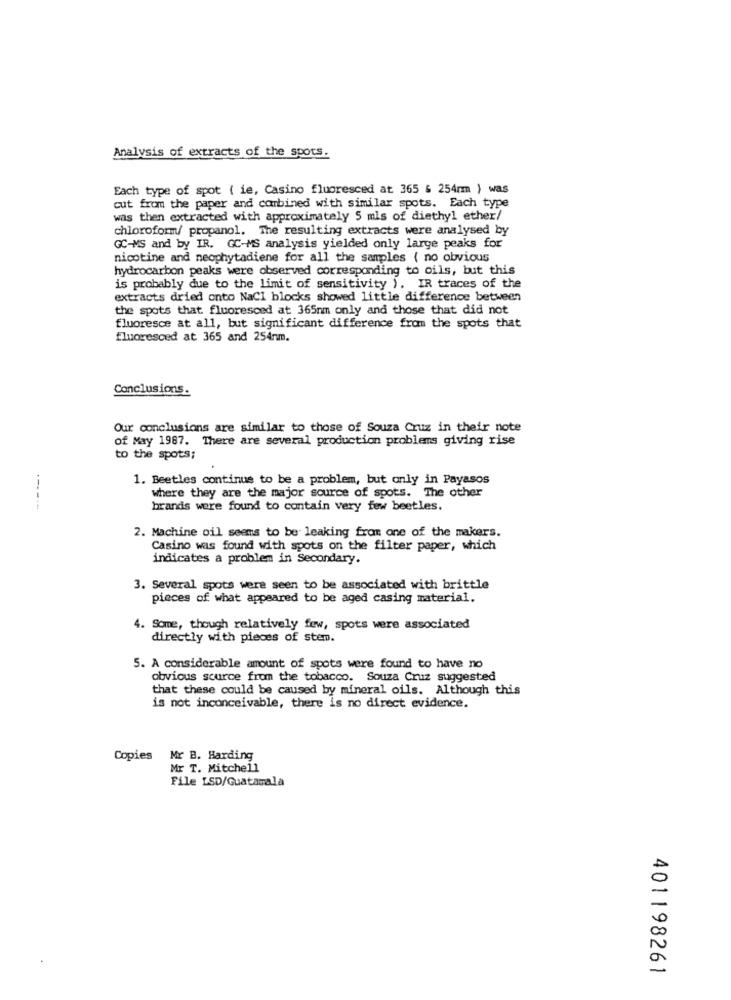
Analysis of extracts of the spots.
Each type of spot ( ie, Casino fluoresced at 365 & 254mm ) was
cut from the paper and combined with similar spots. Each type
was then extracted with approximately 5 mls of diethyl ether/
chloroform/ propanol. The resulting extracts were analysed by
GC-MS and by IR. GC-MS analysis yielded only large peaks for
nicotine and neophytadiene for all the samples ( no obvious
hydrocarbon peaks were observed corresponding to oils, but this
is probably due to the limit of sensitivity ). IR traces of the
extracts dried onto NaCl blocks showed little difference between
the spots that fluoresced at 365nm only and those that did not
fluoresce at all, but significant difference from the spots that
fluoresced at 365 and 254nm.
Conclusions.
Our conclusions are similar to those of Souza Cruz in their note
of May 1987. There are several production problems giving rise
to the spots;
1. Beetles continue to be a problem, but only in Payasos
where they are the major source of spots. The other
------
brands were found to contain very few beetles.
2. Machine oil seems to be leaking from one of the makers.
Casino was found with spots on the filter paper, which
indicates a problem in Secondary.
3. Several spots were seen to be associated with brittle
pieces of what appeared to be aged casing material.
4. Some, though relatively few, spots were associated
directly with pieces of stem.
5. A considerable amount of spots were found to have no
obvious source from the tobacco. Souza Cruz suggested
that these could be caused by mineral oils. Although this
is not inconceivable, there is no direct evidence.
Copies
Mr B. Harding
Mr T. Mitchell
File LSD/Guatamala
401198261